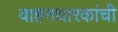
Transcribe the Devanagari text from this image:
वाहनधारकांची